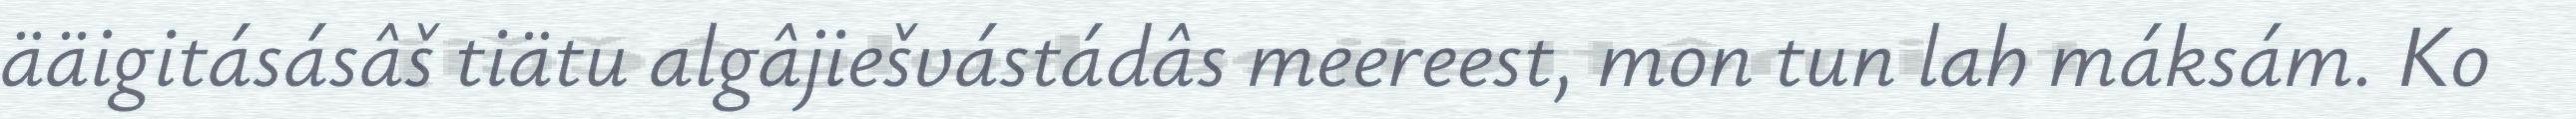
ääigitásásâš tiätu algâjiešvástádâs meereest, mon tun lah máksám. Ko